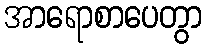
အာရောစာပေတွာ